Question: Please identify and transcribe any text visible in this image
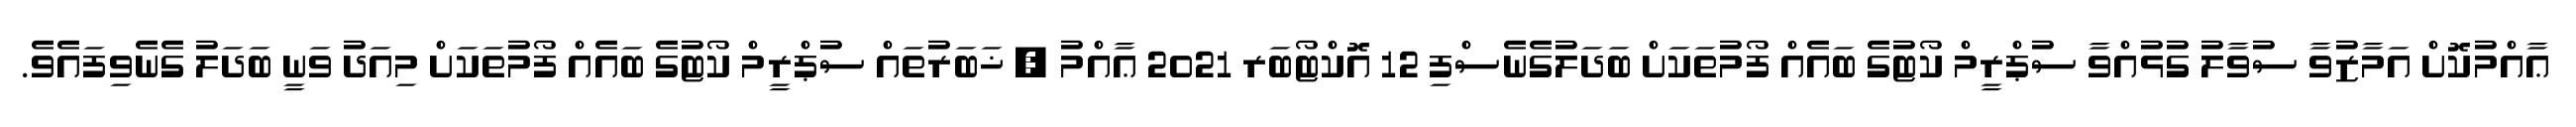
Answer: ޢާއްމުކޮށް އަމާޒުވާ ސުވާލު ގުޅުއްވާ ސުޕްރީމް ކޯޓުގެ ބައެއް ފޯމުތަކަށް ބަދަލުގެނެސްފި 12 އޮކްޓޯބަރ 2021 ޢާއްމު , ޚަބަރުތައް ސުޕްރީމް ކޯޓުގެ ބައެއް ފޯމުތަކަށް މިއަދު ވަނީ ބަދަލު ގެނެވިފައެވެ.